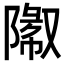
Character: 𬯓